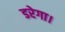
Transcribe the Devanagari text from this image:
डरेगा।